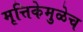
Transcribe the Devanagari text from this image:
मृत्तिकेमुळेच